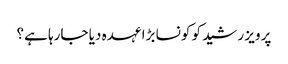
پرویز رشید کو کونسا بڑا عہدہ دیا جارہا ہے؟